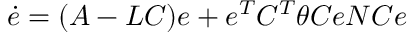
{ \dot { e } } = ( A - L C ) e + e ^ { T } C ^ { T } \theta C e N C e